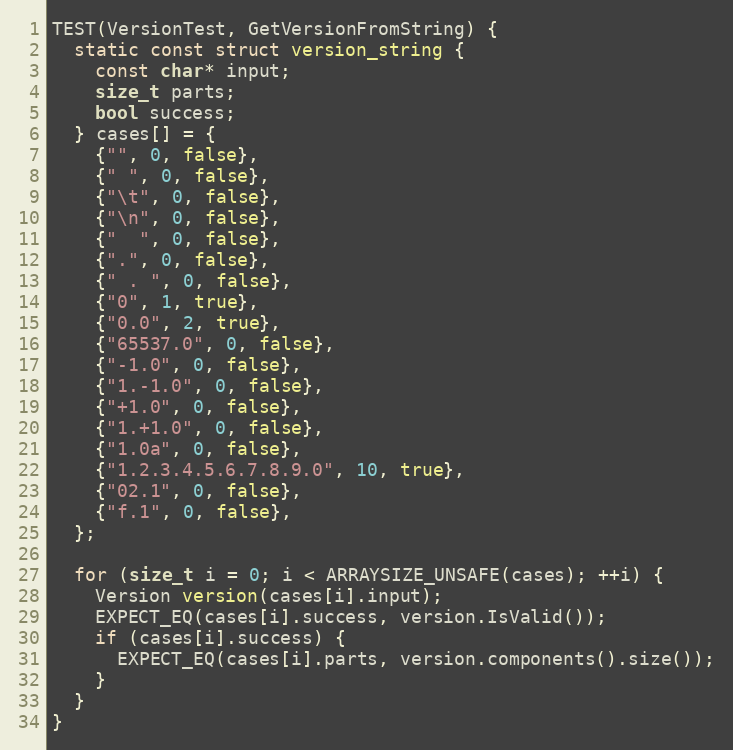
Language: C++
TEST(VersionTest, GetVersionFromString) {
  static const struct version_string {
    const char* input;
    size_t parts;
    bool success;
  } cases[] = {
    {"", 0, false},
    {" ", 0, false},
    {"\t", 0, false},
    {"\n", 0, false},
    {"  ", 0, false},
    {".", 0, false},
    {" . ", 0, false},
    {"0", 1, true},
    {"0.0", 2, true},
    {"65537.0", 0, false},
    {"-1.0", 0, false},
    {"1.-1.0", 0, false},
    {"+1.0", 0, false},
    {"1.+1.0", 0, false},
    {"1.0a", 0, false},
    {"1.2.3.4.5.6.7.8.9.0", 10, true},
    {"02.1", 0, false},
    {"f.1", 0, false},
  };

  for (size_t i = 0; i < ARRAYSIZE_UNSAFE(cases); ++i) {
    Version version(cases[i].input);
    EXPECT_EQ(cases[i].success, version.IsValid());
    if (cases[i].success) {
      EXPECT_EQ(cases[i].parts, version.components().size());
    }
  }
}